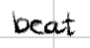
Text: beat
Cross-out: clean
Writing tool: digital_black